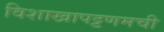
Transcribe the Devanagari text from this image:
विशाखापट्टणमची